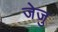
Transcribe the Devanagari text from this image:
जेजु